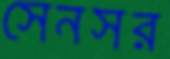
সেনসর